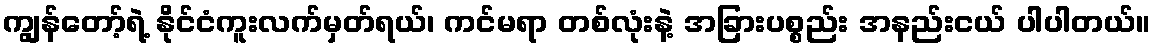
ကျွန်တော့်ရဲ့ နိုင်ငံကူးလက်မှတ်ရယ်၊ ကင်မရာ တစ်လုံးနဲ့ အခြားပစ္စည်း အနည်းငယ် ပါပါတယ်။